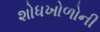
શોધખોળોની